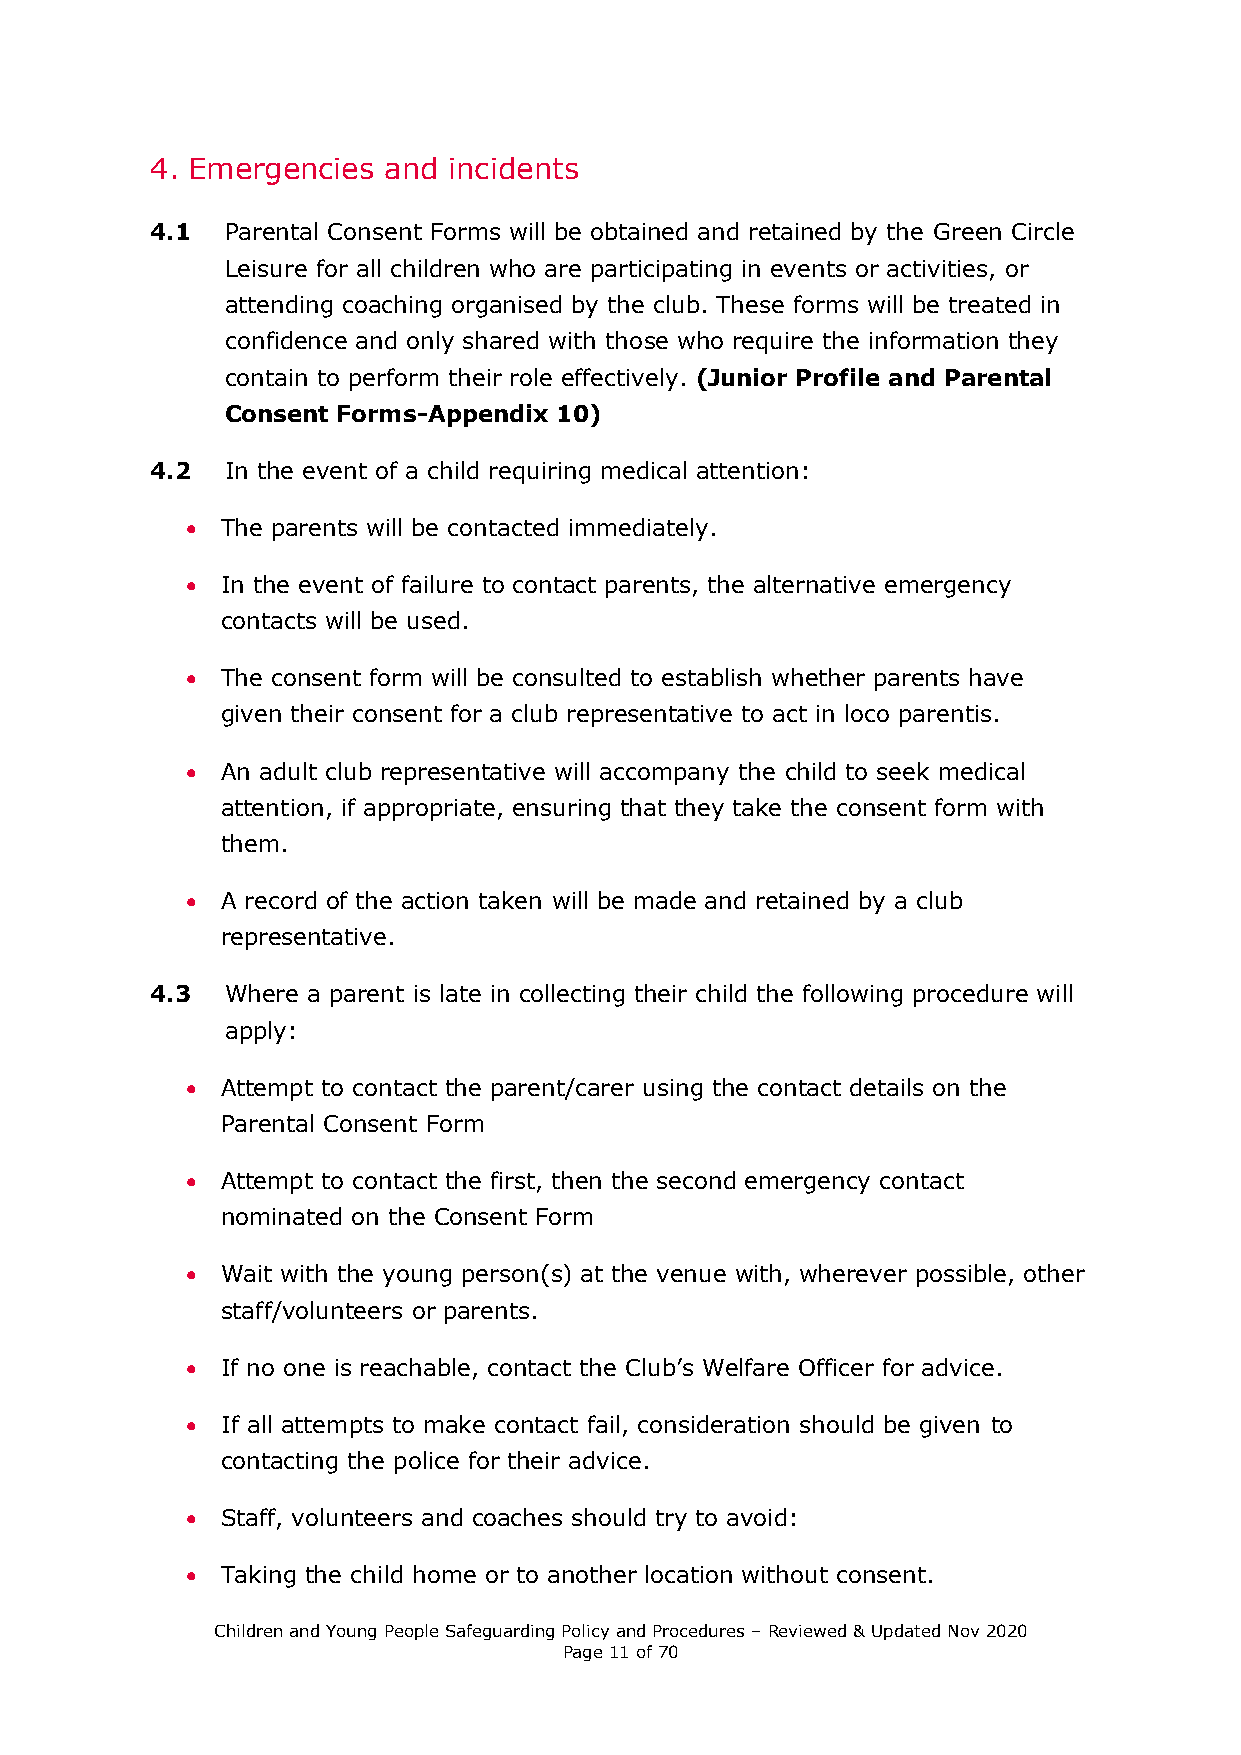
4. Emergencies and  incidents
 4.1  Parental Consent Forms will be obtained and retained by the Green Circle
 Leisure for all children who are participating in events or activities, or
 attending coaching organised by the club. These forms will be treated in
 confidence and only shared with those who require the information they
 contain to perform their role effectively. (Junior Profile and Parental
 Consent Forms-Appendix 10)
 4.2  In the event of a child requiring medical attention:
 •  The parents will be contacted immediately.
 •  In the event of failure to contact parents, the alternative emergency
 contacts will be used.
 •  The consent form will be consulted to establish whether parents have
 given their consent for a club representative to act in loco parentis.
 •  An adult club representative will accompany the child to seek medical
 attention, if appropriate, ensuring that they take the consent form with
 them.
 •  A record of the action taken will be made and retained by a club
 representative.
 4.3  Where a parent is late in collecting their child the following procedure will
 apply:
 •  Attempt to contact the parent/carer using the contact details on the
 Parental Consent Form
 •  Attempt to contact the first, then the second emergency contact
 nominated on the Consent Form
 •  Wait with the young person(s) at the venue with, wherever possible, other
 staff/volunteers or parents.
 •  If no one is reachable, contact the Club’s Welfare Officer for advice.
 •  If all attempts to make contact fail, consideration should be given to
 contacting the police for their advice.
 •  Staff, volunteers and coaches should try to avoid:
 •  Taking the child home or to another location without consent.
 Children and Young People Safeguarding Policy and Procedures – Reviewed & Updated Nov 2020
 Page 11 of 70